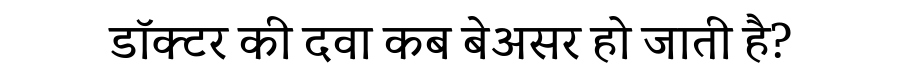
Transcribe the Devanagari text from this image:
डॉक्टर की दवा कब बेअसर हो जाती है?